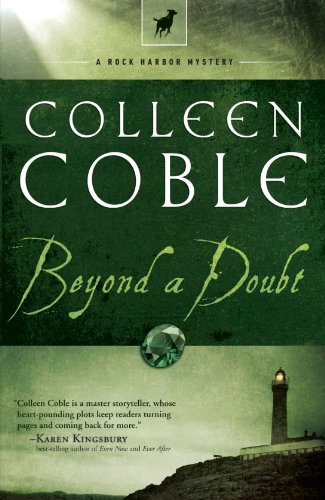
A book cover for Beyond a Doubt (Rock Harbor, Book 2); Colleen Coble; Romance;